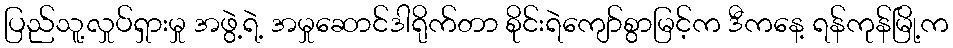
ပြည်သူ့လှုပ်ရှားမှု အဖွဲ့ရဲ့ အမှုဆောင်ဒါရိုက်တာ စိုင်းရဲကျော်စွာမြင့်က ဒီကနေ့ ရန်ကုန်မြို့က